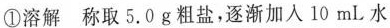
①溶解称取5.0 g粗盐，逐渐加入10 mL水